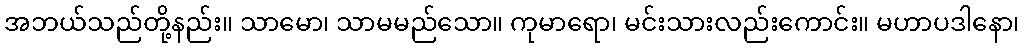
အဘယ်သည်တို့နည်း။ သာမော၊ သာမမည်သော။ ကုမာရော၊ မင်းသားလည်းကောင်း။ မဟာပဒါနော၊